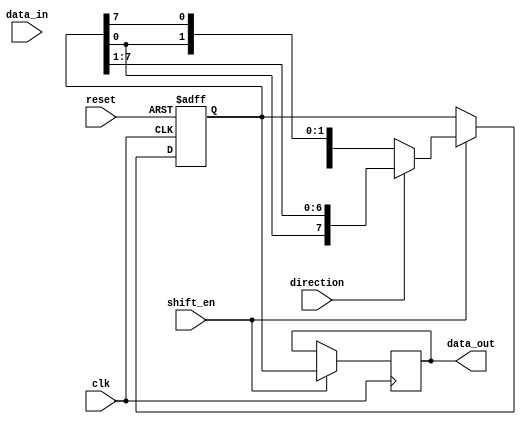
module bidirectional_shift_register (
  input wire clk,      // Clock signal
  input wire reset,    // Reset signal
  input wire shift_en, // Shift enable signal
  input wire direction, // Control signal to determine shift direction (0 = left, 1 = right)
  input wire [7:0] data_in, // Input data to be shifted in
  output reg [7:0] data_out // Output shifted data
);

reg [7:0] reg_data;

always @(posedge clk or posedge reset) begin
  if (reset) begin
    reg_data <= 8'b0; // Clear the register
  end else if (shift_en) begin
    if (direction) begin
      reg_data <= {reg_data[0], reg_data[7:1]}; // Shift right
    end else begin
      reg_data <= {reg_data[6:0], reg_data[7]}; // Shift left
    end
  end
end

always @(posedge clk) begin
  if (shift_en) begin
    data_out <= reg_data;
  end
end

endmodule